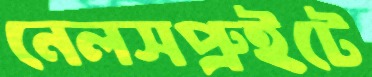
নেলসপ্রুইটে